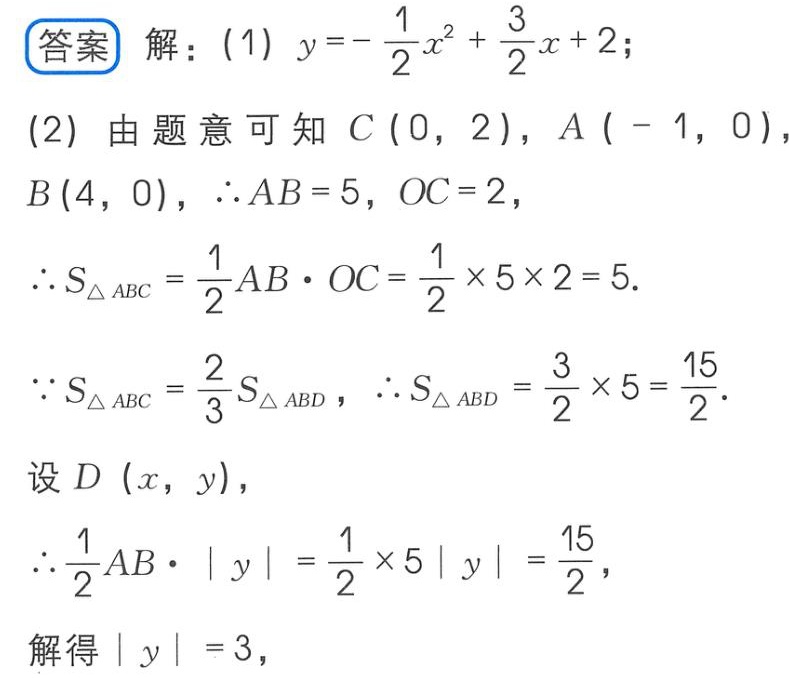
答案 解：(1) \(y = -\frac{1}{2}x^{2}+\frac{3}{2}x + 2\);
(2) 由题意可知 \(C(0,2)\), \(A(-1,0)\), \(B(4,0)\), \(\therefore AB = 5\), \(OC = 2\),
\(\therefore S_{\triangle ABC}=\frac{1}{2}AB\cdot OC=\frac{1}{2}\times5\times 2 = 5\).
\(\because S_{\triangle ABC}=\frac{2}{3}S_{\triangle ABD}\), \(\therefore S_{\triangle ABD}=\frac{3}{2}\times5=\frac{15}{2}\).
设 \(D(x,y)\),
\(\therefore \frac{1}{2}AB\cdot|y|=\frac{1}{2}\times5|y|=\frac{15}{2}\),
解得 \(|y| = 3\),